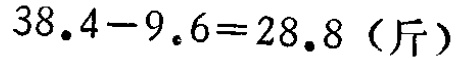
\(38.4 - 9.6 = 28.8 \text{（斤）}\)